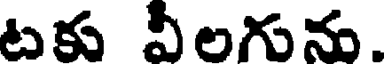
టకు వీలగును.